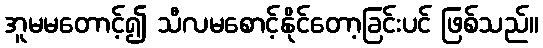
အူမမတောင့်၍ သီလမစောင့်နိုင်တော့ခြင်းပင် ဖြစ်သည်။